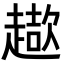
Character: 𧽓